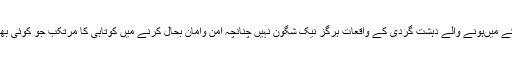
انتخابی مہم کے دوران بلوچستان اور کے پی کے میںہونے والے دہشت گردی کے واقعات ہرگز نیک شگون نہیں چنانچہ امن وامان بحال کرنے میں کوتاہی کا مرتکب جو کوئی بھی ہوا اس کے خلاف سختی سے پیش آنا چاہے۔